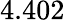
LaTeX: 4.402